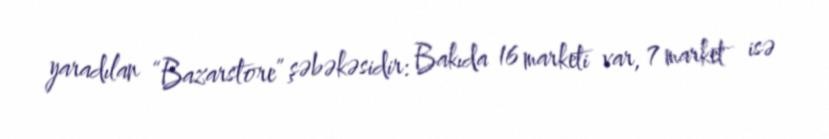
yaradılan “Bazarstore” şəbəkəsidir: Bakıda 16 marketi var, 7 market isə